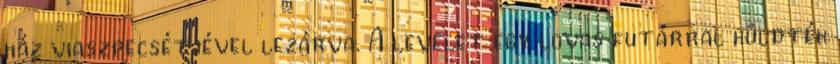
ház viaszpecsétjével lezárva. A levelet egy lovas futárral küldték